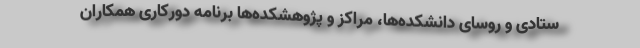
ستادی و روسای دانشکده‌ها، مراکز و پژوهشکده‌ها برنامه دورکاری همکاران